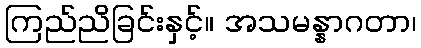
ကြည်ညိခြင်းနှင့်။ အသမန္နာဂတာ၊